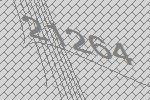
21264